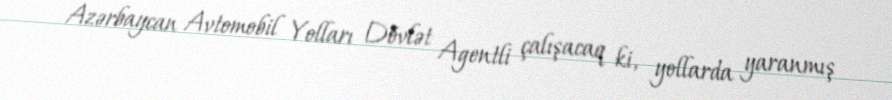
Azərbaycan Avtomobil Yolları Dövlət Agentli çalışacaq ki, yollarda yaranmış